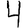
Digit: 4